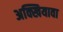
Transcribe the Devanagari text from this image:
अक्खियावा